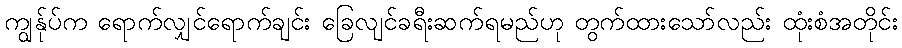
ကျွန်ုပ်က ရောက်လျှင်ရောက်ချင်း ခြေလျင်ခရီးဆက်ရမည်ဟု တွက်ထားသော်လည်း ထုံးစံအတိုင်း